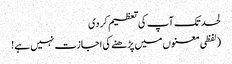
لحد تک آپ کی تعظیم کر دی
(لفظی معنوں میں پڑھنے کی اجازت نہیں ہے!